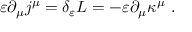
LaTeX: \varepsilon \partial _ { \mu } j ^ { \mu } = \delta _ { \varepsilon } { \cal { L } } = - \varepsilon \partial _ { \mu } \kappa ^ { \mu } ~ .